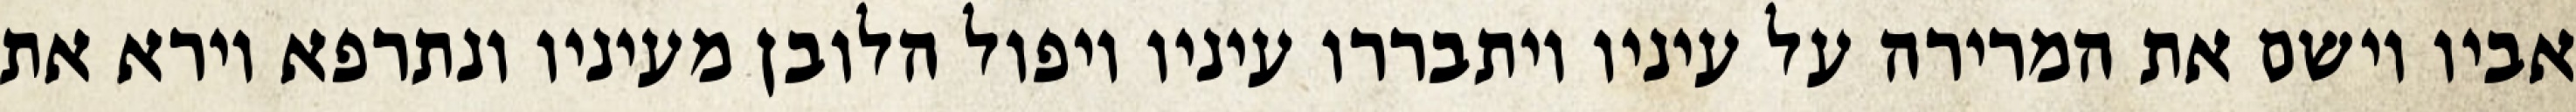
אביו וישם את המרירה על עיניו ויתבררו עיניו ויפול הלובן מעיניו ונתרפא וירא את